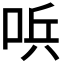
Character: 𠴇